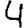
Digit: 4